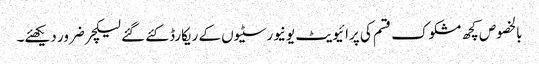
بالخصوص کچھ مشکوک قسم کی پرائیویٹ یونیورسٹیوں کے ریکارڈ کئے گئے لیکچر ضرور دیکھئے۔